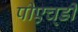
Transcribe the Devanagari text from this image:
पीएच्‌डी